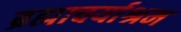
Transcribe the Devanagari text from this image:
ब्रह्माचर्याश्रम